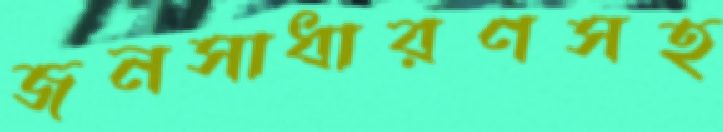
জনসাধারণসহ